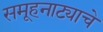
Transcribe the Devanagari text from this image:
समूहनाट्याचे